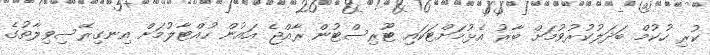
ކުރި ހުކުމް ބަދަލުކުރުވުމަށް ބާރު އެޅުމަށްޓަކައި ޓޫރިސްޓުން ރާއްޖެ އައުން ހުއްޓާލުމަށް އިނގިރޭސިވިލާތުގެ